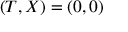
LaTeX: ( T , X ) = ( 0 , 0 )